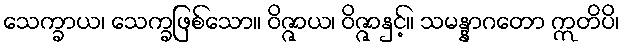
သေက္ခာယ၊ သေက္ခဖြစ်သော။ ဝိဇ္ဇာယ၊ ဝိဇ္ဇာနှင့်။ သမန္နာဂတော ဣတိပိ၊